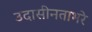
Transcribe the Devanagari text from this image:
उदासीनताभरे